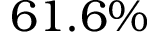
6 1 . 6 \%